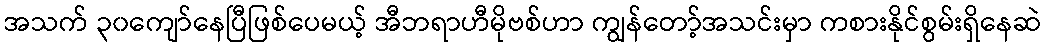
အသက် ၃၀ကျော်နေပြီဖြစ်ပေမယ့် အီဘရာဟီမိုဗစ်ဟာ ကျွန်တော့်အသင်းမှာ ကစားနိုင်စွမ်းရှိနေဆဲ